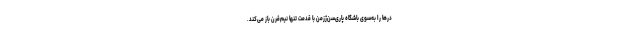
درها را به‌سوی باشگاه پاری‌سن‌ژزمن با قدمت تنها نیم‌قرن باز می‌کند.